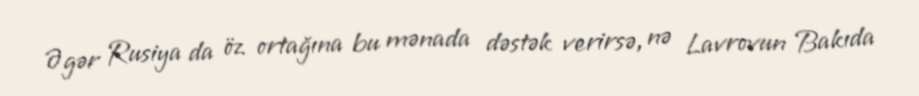
Əgər Rusiya da öz ortağına bu mənada dəstək verirsə, nə Lavrovun Bakıda